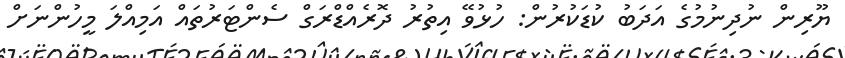
ޔޫރިން ނުދިނުމުގެ އަދަބު ކުޑަކުރުން: ހުޅުވޭ އިތުރު ދޮރެއްޑްރަގް ސެންޓަރުތައް އަމިއްލަ މީހުންނަށް